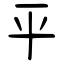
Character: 平